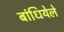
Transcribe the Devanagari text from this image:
बांधियेले